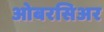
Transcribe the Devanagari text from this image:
ओबरसिअर